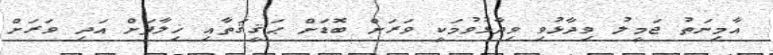
އާމިނަތު ޖަމީލު ވިދާޅުވި ވިދާޅުވުމަކީ ވަރަށް ބޮޑަށް ޙަޤީޤަތާއި ޚިލާފަށް އަދި ވަރަށް